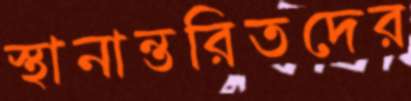
স্থানান্তরিতদের